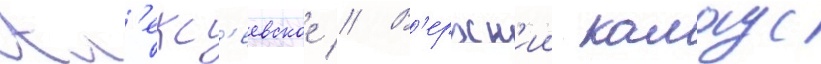
Ал'екс'еевское // В'ерхн'ии калаус